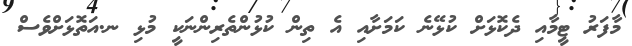
މާފަރު ޓީމާއި ދެކޮޅަށް ކުޅޭނެ ކަމަށާއި އެ ތިން ކުޅުންތެރިންނަކީ މުޅި ނ.އަތޮޅަށްވެސް